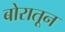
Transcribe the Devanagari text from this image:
बोरातून